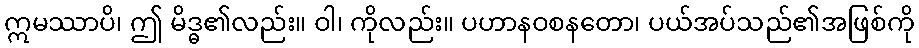
ဣမဿာပိ၊ ဤ မိဒ္ဓ၏လည်း။ ဝါ၊ ကိုလည်း။ ပဟာနဝစနတော၊ ပယ်အပ်သည်၏အဖြစ်ကို